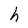
Character: h